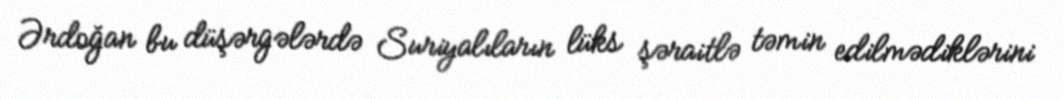
Ərdoğan bu düşərgələrdə Suriyalıların lüks şəraitlə təmin edilmədiklərini